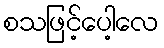
စသဖြင့်ပေါ့လေ